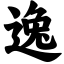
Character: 逸